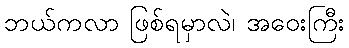
ဘယ်ကလာ ဖြစ်ရမှာလဲ၊ အဝေးကြီး